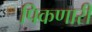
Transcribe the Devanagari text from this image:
पिकणारी